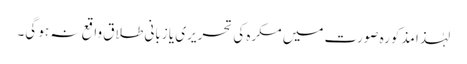
لہٰذا مذکورہ صورت میں مکرہ کی تحریری یا زبانی طلاق واقع نہ ہو گی۔